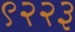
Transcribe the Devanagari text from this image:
९२२३